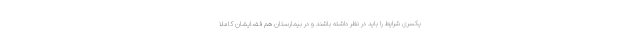
یکسری شرایط را باید در نظر داشته باشند و در بیمارستان هم فضایشان کاملا